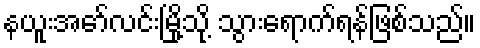
နယူးအော်လင်းမြို့သို့ သွားရောက်ရန်ဖြစ်သည်။